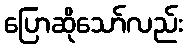
ပြောဆိုသော်လည်း